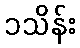
၁သိန်း